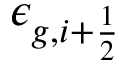
\epsilon _ { g , i + \frac { 1 } { 2 } }